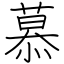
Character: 慕